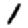
Digit: 1